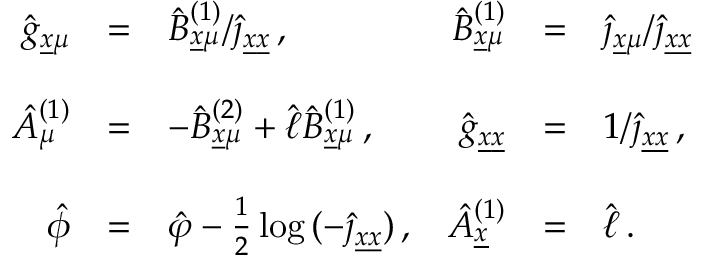
\begin{array} { r c l r c l } { { \hat { g } _ { \underline { { { x } } } \mu } } } & { { = } } & { { \hat { \cal B } _ { \underline { { { x } } } \mu } ^ { ( 1 ) } / \hat { \jmath } _ { \underline { { { x } } } \underline { { { x } } } } \, , } } & { { \hat { B } _ { \underline { { { x } } } \mu } ^ { ( 1 ) } } } & { { = } } & { { \hat { \jmath } _ { \underline { { { x } } } \mu } / \hat { \jmath } _ { \underline { { { x } } } \underline { { { x } } } } } } \\ { { } } & { { } } & { { } } & { { } } & { { } } & { { } } \\ { { \hat { A } _ { \mu } ^ { ( 1 ) } } } & { { = } } & { { - \hat { \cal B } _ { \underline { { { x } } } \mu } ^ { ( 2 ) } + \hat { \ell } \hat { \cal B } _ { \underline { { { x } } } \mu } ^ { ( 1 ) } \, , } } & { { \hat { g } _ { \underline { { { x } } } \underline { { { x } } } } } } & { { = } } & { { 1 / \hat { \jmath } _ { \underline { { { x } } } \underline { { { x } } } } \, , } } \\ { { } } & { { } } & { { } } & { { } } & { { } } & { { } } \\ { { \hat { \phi } } } & { { = } } & { { \hat { \varphi } - \frac { 1 } { 2 } \log { ( - \hat { \jmath } _ { \underline { { { x } } } \underline { { { x } } } } ) } \, , } } & { { \hat { A } _ { \underline { { { x } } } } ^ { ( 1 ) } } } & { { = } } & { { \hat { \ell } \, . } } \end{array}